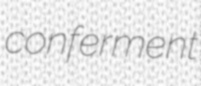
conferment